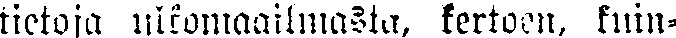
tietoja ulkomaailmasta, kertoen, kuin-